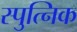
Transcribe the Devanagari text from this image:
स्पुत्निक